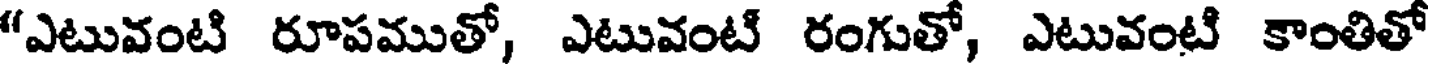
"ఎటువంటి రూపముతో, ఎటువంటి రంగుతో, ఎటువంటి కాంతితో